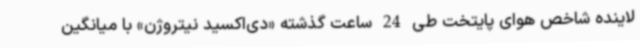
لاینده شاخص هوای پایتخت طی 24 ساعت گذشته «دی‌اکسید نیتروژن» با میانگین